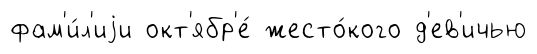
фам'и́л'иjи окт'ябр'е́ жесто́кого д'ев'ичью